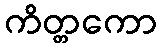
ကိတ္တကော